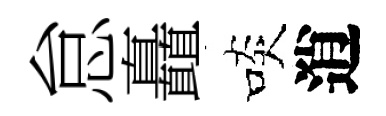
怠矗啖逍